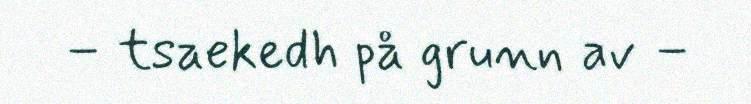
– tsaekedh på grunn av –